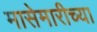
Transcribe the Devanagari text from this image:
मासेमारीच्या